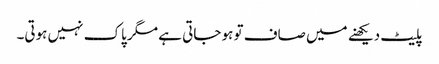
پلیٹ دیکھنے میں صاف تو ہو جاتی ہے مگر پاک نہیں ہوتی۔